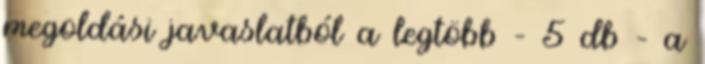
megoldási javaslatból a legtöbb – 5 db – a